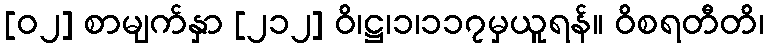
[၀၂] စာမျက်နှာ [၂၁၂] ဝိ၊ဋ္ဌ၊၁၊၁၁၇မှယူရန်။ ဝိစရတီတိ၊